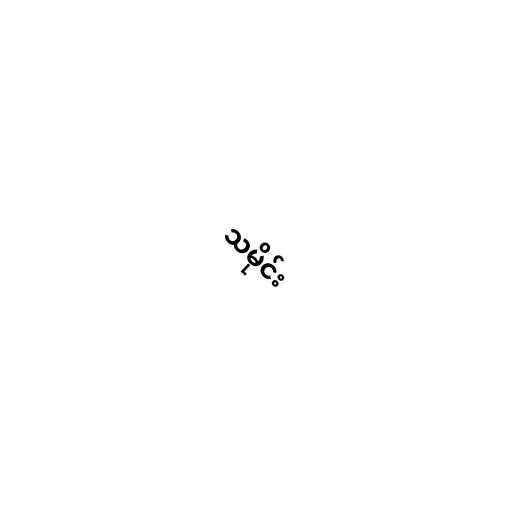
သမိုင်း